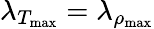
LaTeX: \lambda_{T_{\mathrm{max}}}=\lambda_{\rho_{\mathrm{max}}}